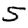
Digit: 5